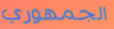
الجمهوري